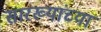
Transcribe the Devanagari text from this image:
सारख्यांच्या